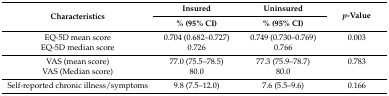
<table><thead><tr><td rowspan="2"><b>Characteristics</b></td><td><b>Insured</b></td><td><b>Uninsured</b></td><td rowspan="2"><b><i>p</i>-Value</b></td></tr><tr><td><b>% (95% CI)</b></td><td><b>% (95% CI)</b></td></tr></thead><tbody><tr><td>EQ-5D mean score</td><td>0.704 (0.682–0.727)</td><td>0.749 (0.730–0.769)</td><td>0.003</td></tr><tr><td>EQ-5D median score</td><td>0.726</td><td>0.766</td><td></td></tr><tr><td>VAS (mean score)</td><td>77.0 (75.5–78.5)</td><td>77.3 (75.9–78.7)</td><td>0.783</td></tr><tr><td>VAS (Median score)</td><td>80.0</td><td>80.0</td><td></td></tr><tr><td>Self-reported chronic illness/symptoms</td><td>9.8 (7.5–12.0)</td><td>7.6 (5.5–9.6)</td><td>0.166</td></tr></tbody></table>